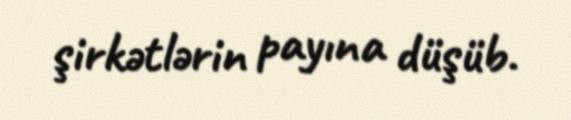
şirkətlərin payına düşüb.